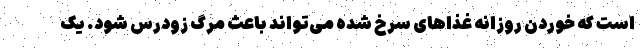
است که خوردن روزانه غذا‌های سرخ شده می‌تواند باعث مرگ زودرس شود. یک